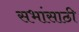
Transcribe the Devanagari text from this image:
सभांसाठी